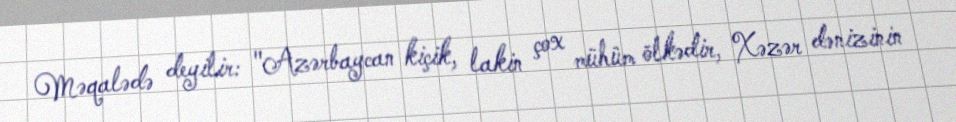
Məqalədə deyilir: "Azərbaycan kiçik, lakin çox mühüm ölkədir, Xəzər dənizinin